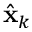
\hat { \mathbf { x } } _ { k }